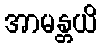
အာမန္တယိ